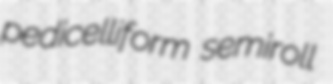
pedicelliform semiroll